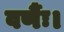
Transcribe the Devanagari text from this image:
वर्णैः।